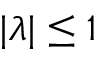
| \lambda | \leq 1